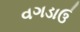
વગડાઉ